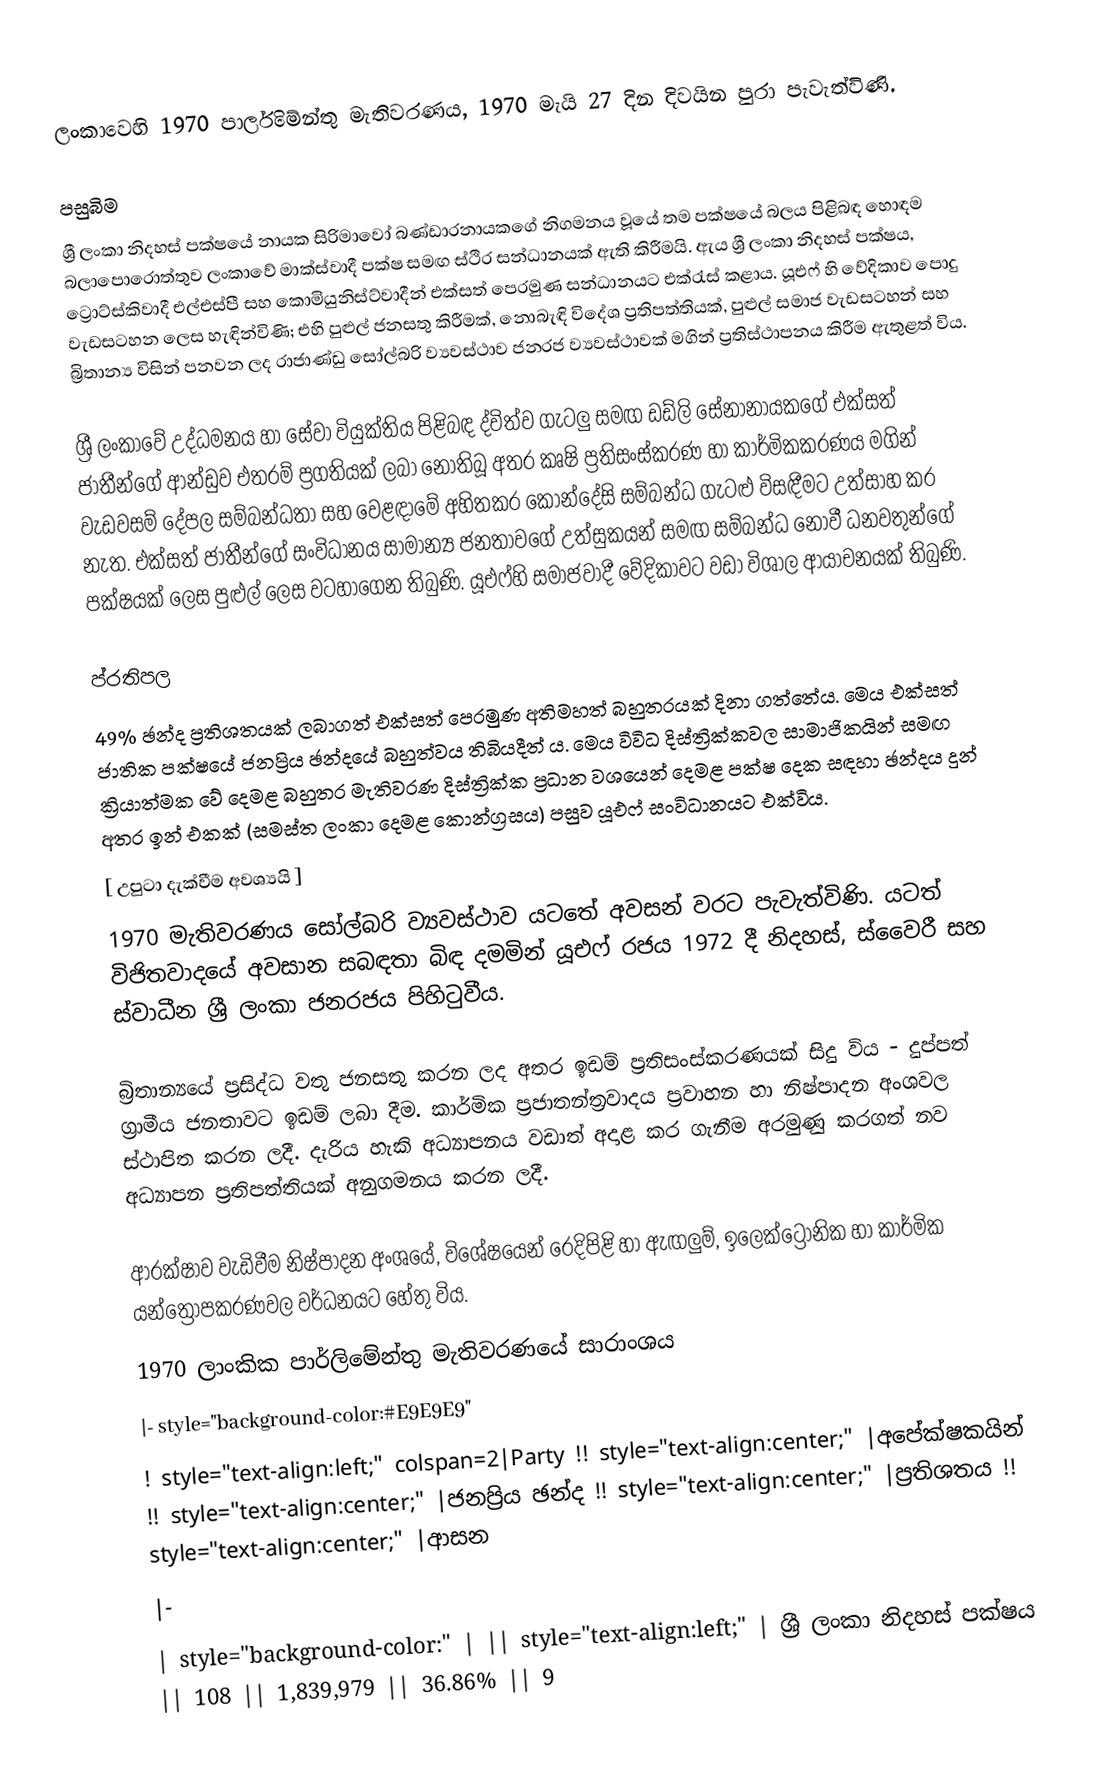
ලංකා‍වෙහි  1970 පාර්ලිමේන්තු මැතිවරණය,  1970 මැයි 27 දින දිවයින පුරා පැවැත්විණි.

පසුබිම
ශ්‍රී ලංකා නිදහස් පක්ෂයේ නායක සිරිමාවෝ බණ්ඩාරනායකගේ නිගමනය වූයේ තම පක්ෂයේ බලය පිළිබඳ හොඳම බලාපොරොත්තුව ලංකාවේ මාක්ස්වාදී පක්ෂ සමඟ ස්ථිර සන්ධානයක් ඇති කිරීමයි. ඇය ශ්‍රී ලංකා නිදහස් පක්ෂය, ට්‍රොට්ස්කිවාදී එල්එස්පී සහ කොමියුනිස්ට්වාදීන් එක්සත් පෙරමුණ සන්ධානයට එක්රැස් කළාය. යූඑෆ් හි වේදිකාව පොදු වැඩසටහන ලෙස හැඳින්විණි; එහි පුළුල් ජනසතු කිරීමක්, නොබැඳි විදේශ ප්‍රතිපත්තියක්, පුළුල් සමාජ වැඩසටහන් සහ බ්‍රිතාන්‍ය විසින් පනවන ලද රාජාණ්ඩු සෝල්බරි ව්‍යවස්ථාව ජනරජ ව්‍යවස්ථාවක් මගින් ප්‍රතිස්ථාපනය කිරීම ඇතුළත් විය.

ශ්‍රී ලංකාවේ උද්ධමනය හා සේවා වියුක්තිය පිළිබඳ ද්විත්ව ගැටලු සමඟ ඩඩ්ලි සේනානායකගේ එක්සත් ජාතීන්ගේ ආන්ඩුව එතරම් ප්‍රගතියක් ලබා නොතිබූ අතර කෘෂි ප්‍රතිසංස්කරණ හා කාර්මිකකරණය මගින් වැඩවසම් දේපල සම්බන්ධතා සහ වෙළඳාමේ අහිතකර කොන්දේසි සම්බන්ධ ගැටළු විසඳීමට උත්සාහ කර නැත. එක්සත් ජාතීන්ගේ සංවිධානය සාමාන්‍ය ජනතාවගේ උත්සුකයන් සමඟ සම්බන්ධ නොවී ධනවතුන්ගේ පක්ෂයක් ලෙස පුළුල් ලෙස වටහාගෙන තිබුණි. යූඑෆ්හි සමාජවාදී වේදිකාවට වඩා විශාල ආයාචනයක් තිබුණි.

ප්රතිපල
49% ඡන්ද ප්‍රතිශතයක් ලබාගත් එක්සත් පෙරමුණ අතිමහත් බහුතරයක් දිනා ගත්තේය. මෙය එක්සත් ජාතික පක්ෂයේ ජනප්‍රිය ඡන්දයේ බහුත්වය තිබියදීත් ය. මෙය විවිධ දිස්ත්‍රික්කවල සාමාජිකයින් සමඟ ක්‍රියාත්මක වේ දෙමළ බහුතර මැතිවරණ දිස්ත්‍රික්ක ප්‍රධාන වශයෙන් දෙමළ පක්ෂ දෙක සඳහා ඡන්දය දුන් අතර ඉන් එකක් (සමස්ත ලංකා දෙමළ කොන්ග්‍රසය) පසුව යූඑෆ් සංවිධානයට එක්විය.
[ උපුටා දැක්වීම අවශ්‍යයි ]
1970 මැතිවරණය සෝල්බරි ව්‍යවස්ථාව යටතේ අවසන් වරට පැවැත්විණි. යටත් විජිතවාදයේ අවසාන සබඳතා බිඳ දමමින් යූඑෆ් රජය 1972 දී නිදහස්, ස්වෛරී සහ ස්වාධීන ශ්‍රී ලංකා ජනරජය පිහිටුවීය.

බ්‍රිතාන්‍යයේ ප්‍රසිද්ධ වතු ජනසතු කරන ලද අතර ඉඩම් ප්‍රතිසංස්කරණයක් සිදු විය - දුප්පත් ග්‍රාමීය ජනතාවට ඉඩම් ලබා දීම. කාර්මික ප්‍රජාතන්ත්‍රවාදය ප්‍රවාහන හා නිෂ්පාදන අංශවල ස්ථාපිත කරන ලදී. දැරිය හැකි  අධ්‍යාපනය වඩාත් අදාළ කර ගැනීම අරමුණු කරගත් නව අධ්‍යාපන ප්‍රතිපත්තියක් අනුගමනය කරන ලදී.

ආරක්ෂාව වැඩිවීම නිෂ්පාදන අංශයේ, විශේෂයෙන් රෙදිපිළි හා ඇඟලුම්, ඉලෙක්ට්‍රොනික හා කාර්මික යන්ත්‍රෝපකරණවල වර්ධනයට හේතු විය.
1970 ලාංකික පාර්ලිමේන්තු මැතිවරණයේ සාරාංශය
|- style="background-color:#E9E9E9"
! style="text-align:left;" colspan=2|Party !! style="text-align:center;" |අපේක්ෂකයින් !! style="text-align:center;" |ජනප්‍රිය ඡන්ද !! style="text-align:center;" |ප්‍රතිශතය !! style="text-align:center;" |ආසන
|-
| style="background-color:" |  || style="text-align:left;" | ශ්‍රී ලංකා නිදහස් පක්ෂය || 108 || 1,839,979 || 36.86% || 9